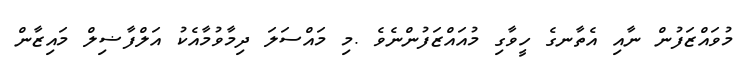
މުވައްޒަފުން ނާއި އެތާނގެ ހީވާގި މުއައްޒަފުންނެވެ .މި މައްސަލަ ދިމާވުމާއެކު އަލްފާޟިލް މައިޒާން